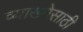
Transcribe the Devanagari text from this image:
व्याख्येसाठी